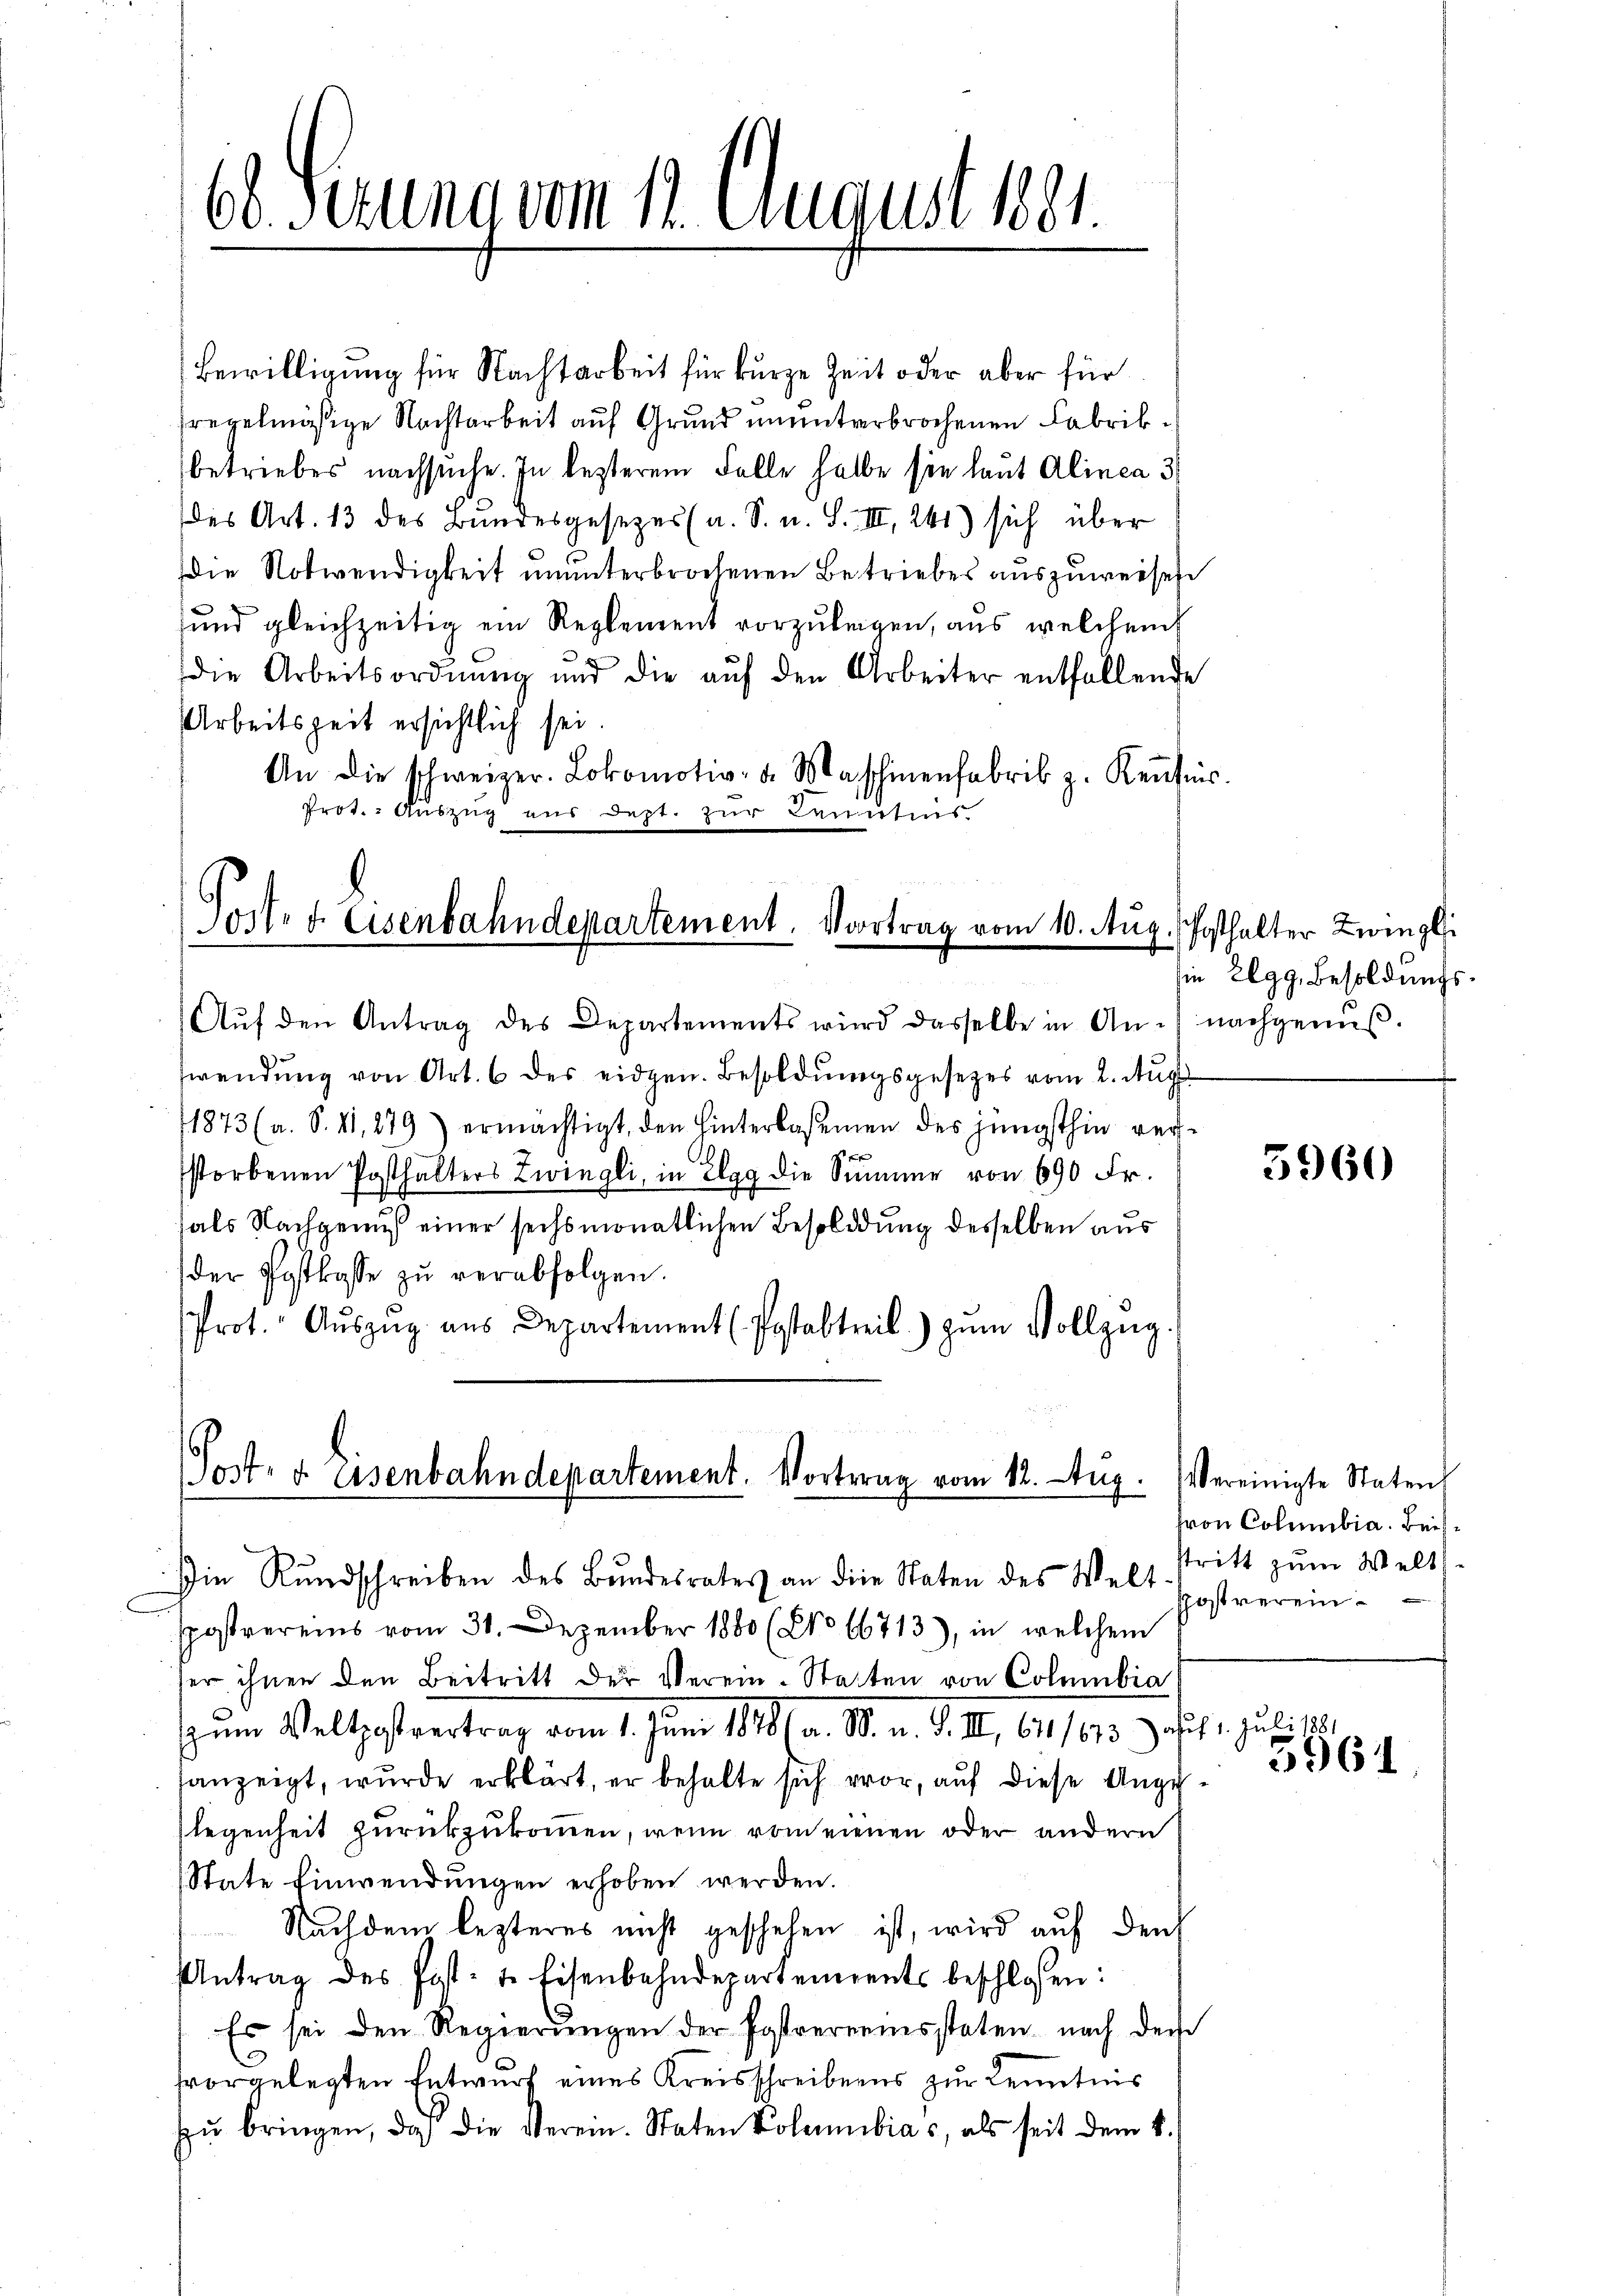
Bewilligung für Nachtarbeit für kurze Zeit oder aber für
fregelmäßige Nachtarbeit auf Grund ununterbrochenen Fabrikbetriebes nachsuche. In lezterem Falle halbe sie laut Alinea 3/
des Art. 13 des Bundesgesezes (a. S. u. S. III 241) sich über
die Notwendigkeit ununterbrochenen Betriebes auszuweisen
und gleichzeitig ein Reglement vorzulegen, aus welchem
die Arbeitsordnung und die aŭf den Arbeiter entfallende
Arbeitszeit ersichtlich sei.
An die schweizer. Lokomotiv- u. Maschinenfabrik z. Keṅtnis.
Prot. Auszug aus dept. zur Kenntens.

60. Ferung vom 12. August 1881

Jost. d. Eisenbahndepartement. Vortrag vom 10. Aŭg. Posthalter Zwingli

Aŭf den Antrag des Departements wird dasselbe in An-
swendung von Art. 6 des eidgen. Besoldungsgesetzes vom 2. Aug
1873 (a. S. II, 279) ermächtigt, den hinterlasemen des jüngsthin verf
storbenen Posthalters Zwingli, in Elgg die Summe von 690 Fr.
als Nachgemus einer sechsmonatlichen Besoldung desselben aus
der Postkasse zu verabfolgen.
Prot. Aŭszŭg aŭs Departement (Postabtreit) zŭm Vollzug.

Post- u. Eisenbahndepartement. Vortrag vom 12. Aug. Vereinigte Staten,
Die Rundschreiben des Bundesrates an die Staten des Welt

sie Elgg, Besoldungs
nachgenuß

spostvereins vom 31. Dezember 1880 (No 66713), in welchem
ser ihnen den Beitritt der Verein-Statten von Columbia
seine Welchestertrag vom 1. Juni 1894. 18. d. d. 10. 61102. 3. fl.
sanzeigt, wurde erklärt, er behalte sich vor, auf diese Angelegenheit zurückzukommen, wenn vom einen oder andern
State Einwendungen erhoben werden.
Nachdem lezteres nicht geschehen ist, wird auf den
Antrag des Post- u. Eisenbahndepartements beschlossen:
Es sei den Regierŭngen der Postverreisstaten nach den
fvorgelegten Entwurf eines Kreisschreibens zur Kenntnis
zŭ bringen, daβ die Verein. Staten Polaibias, als seit dem 8.

5960

ron Columbia. Beistritt zum Weltpost verein¬

Juli 1881
3961